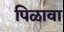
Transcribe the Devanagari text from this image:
पिळावा